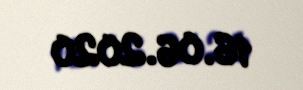
16.06.2020